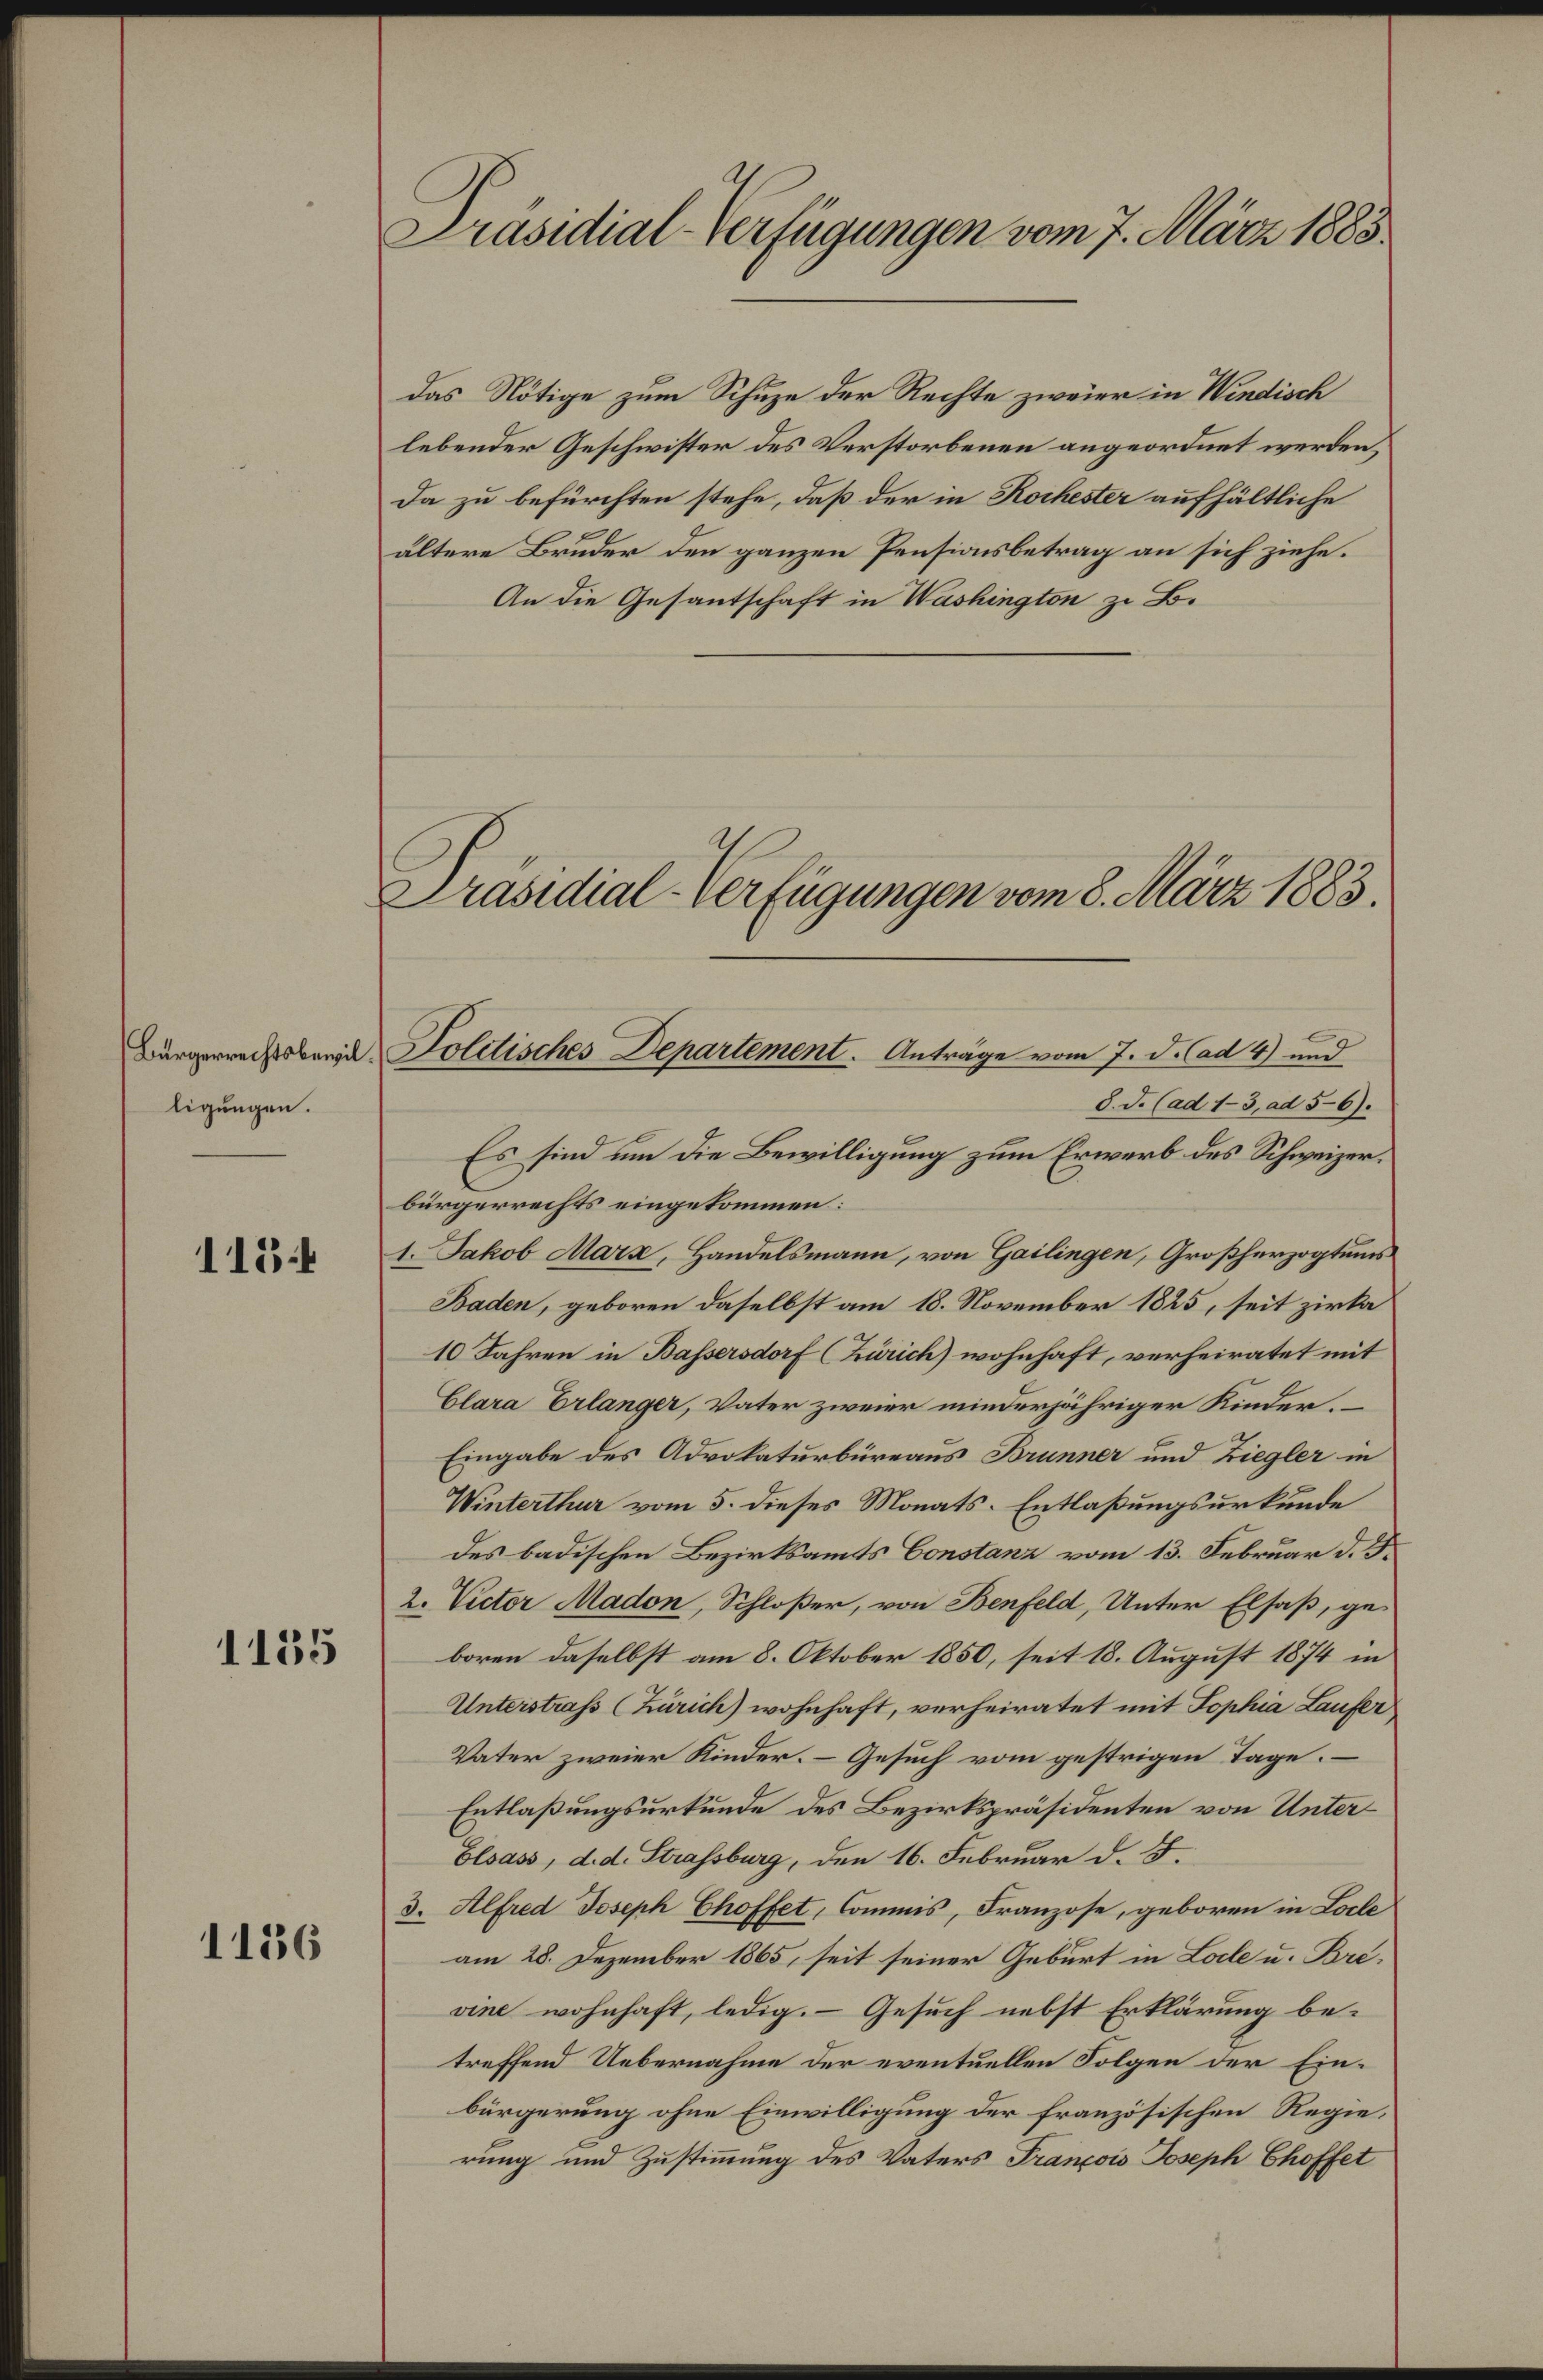
Bürgerrechtsbewil
ligungen.

113.

1135

1136

das Nötige zum Schuze der Rechte zweier in Windisch
lebender Geschwister des Verstorbenen angeordnet werden,
da zu befürchten stehe, daß der in Kochester aufhältliche
ältere Bruder den ganzen Pensionsbetrag an sich ziehe.
An die Gesantschaft in Washington zu B.

Präsidial-Verfügungen vom 7. März 1883.

Präsidial-Verfügungen vom 8. März 1883.

Politisches Departement. Anträge vom 7. d. Cad 4) und

8. d. (ad 13, ad 56).
Es sind um die Bewilligung zum Erwerb des Schweizerbürgerrechts eingekommen:
1. Jakob Marz, Handelsmann, von Gailingen, Großherzogtums
Baden, geboren daselbst am 18. November 1825, seit zirka
10 Jahren in Bassersdorf (Zürich) wohnhaft, verheiratet mit
Clara Erlanger, Vater zweier minderjähriger Kinder.
Eingabe des Advokaturbüreaus Brunner und Ziegler in
Winterthur vom 5. dieses Monats-Entlaßungsurkunde
des badischen Bezirksamts Constanz vom 13. Februar d. J.
2. Victor Madon, Schloßer, von Benfeld, Unter Elsaß, ge-
boren daselbst am 8. Oktober 1850, seit 18. August 1874 in
Unterstraß (Zürich) wohnhaft, verheiratet mit Sophia Laufer
Vater zweier Kinder. Gesuch vom gestrigen Tage.
Entlaßungsurkunde des Bezirkspräsidenten von Unter¬
Elsass, d. d. Strassburg, den 16. Februar d. 5.
3. Alfred Joseph Choffet, Commis, Franzose, geboren in Locle
am 28. Dezember 1865, seit seiner Geburt in Loche u. Brevine wohnhaft, ledig. Gesuch nebst Erklärung betreffend Uebernahme der eventuellen Folgen der Einbürgerung ohne Einwilligung der französischen Regierung und Zustimmung des Vaters François Joseph Choffet